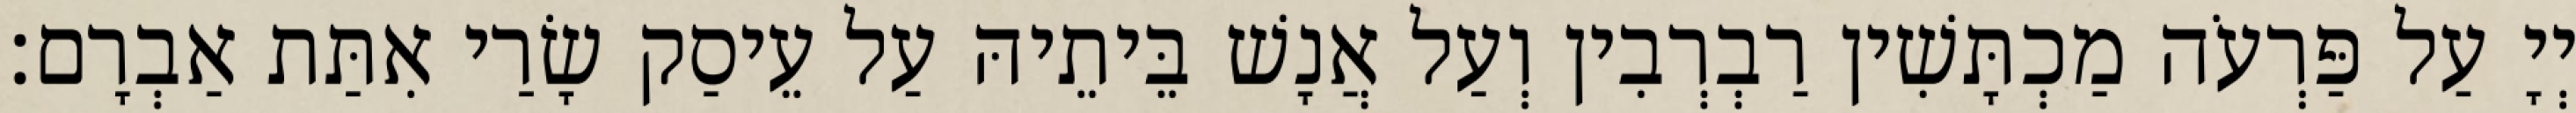
יְיָ עַל פַּרְעֹה מַכְתָּשִׁין רַבְרְבִין וְעַל אֲנָשׁ בֵּיתֵיהּ עַל עֵיסַק שָׂרַי אִתַּת אַבְרָם׃